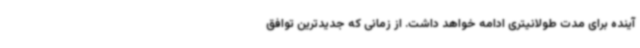
آینده برای مدت طولانیتری ادامه خواهد داشت. از زمانی که جدیدترین توافق